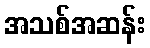
အသစ်အဆန်း